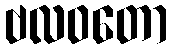
ဗလဝတော